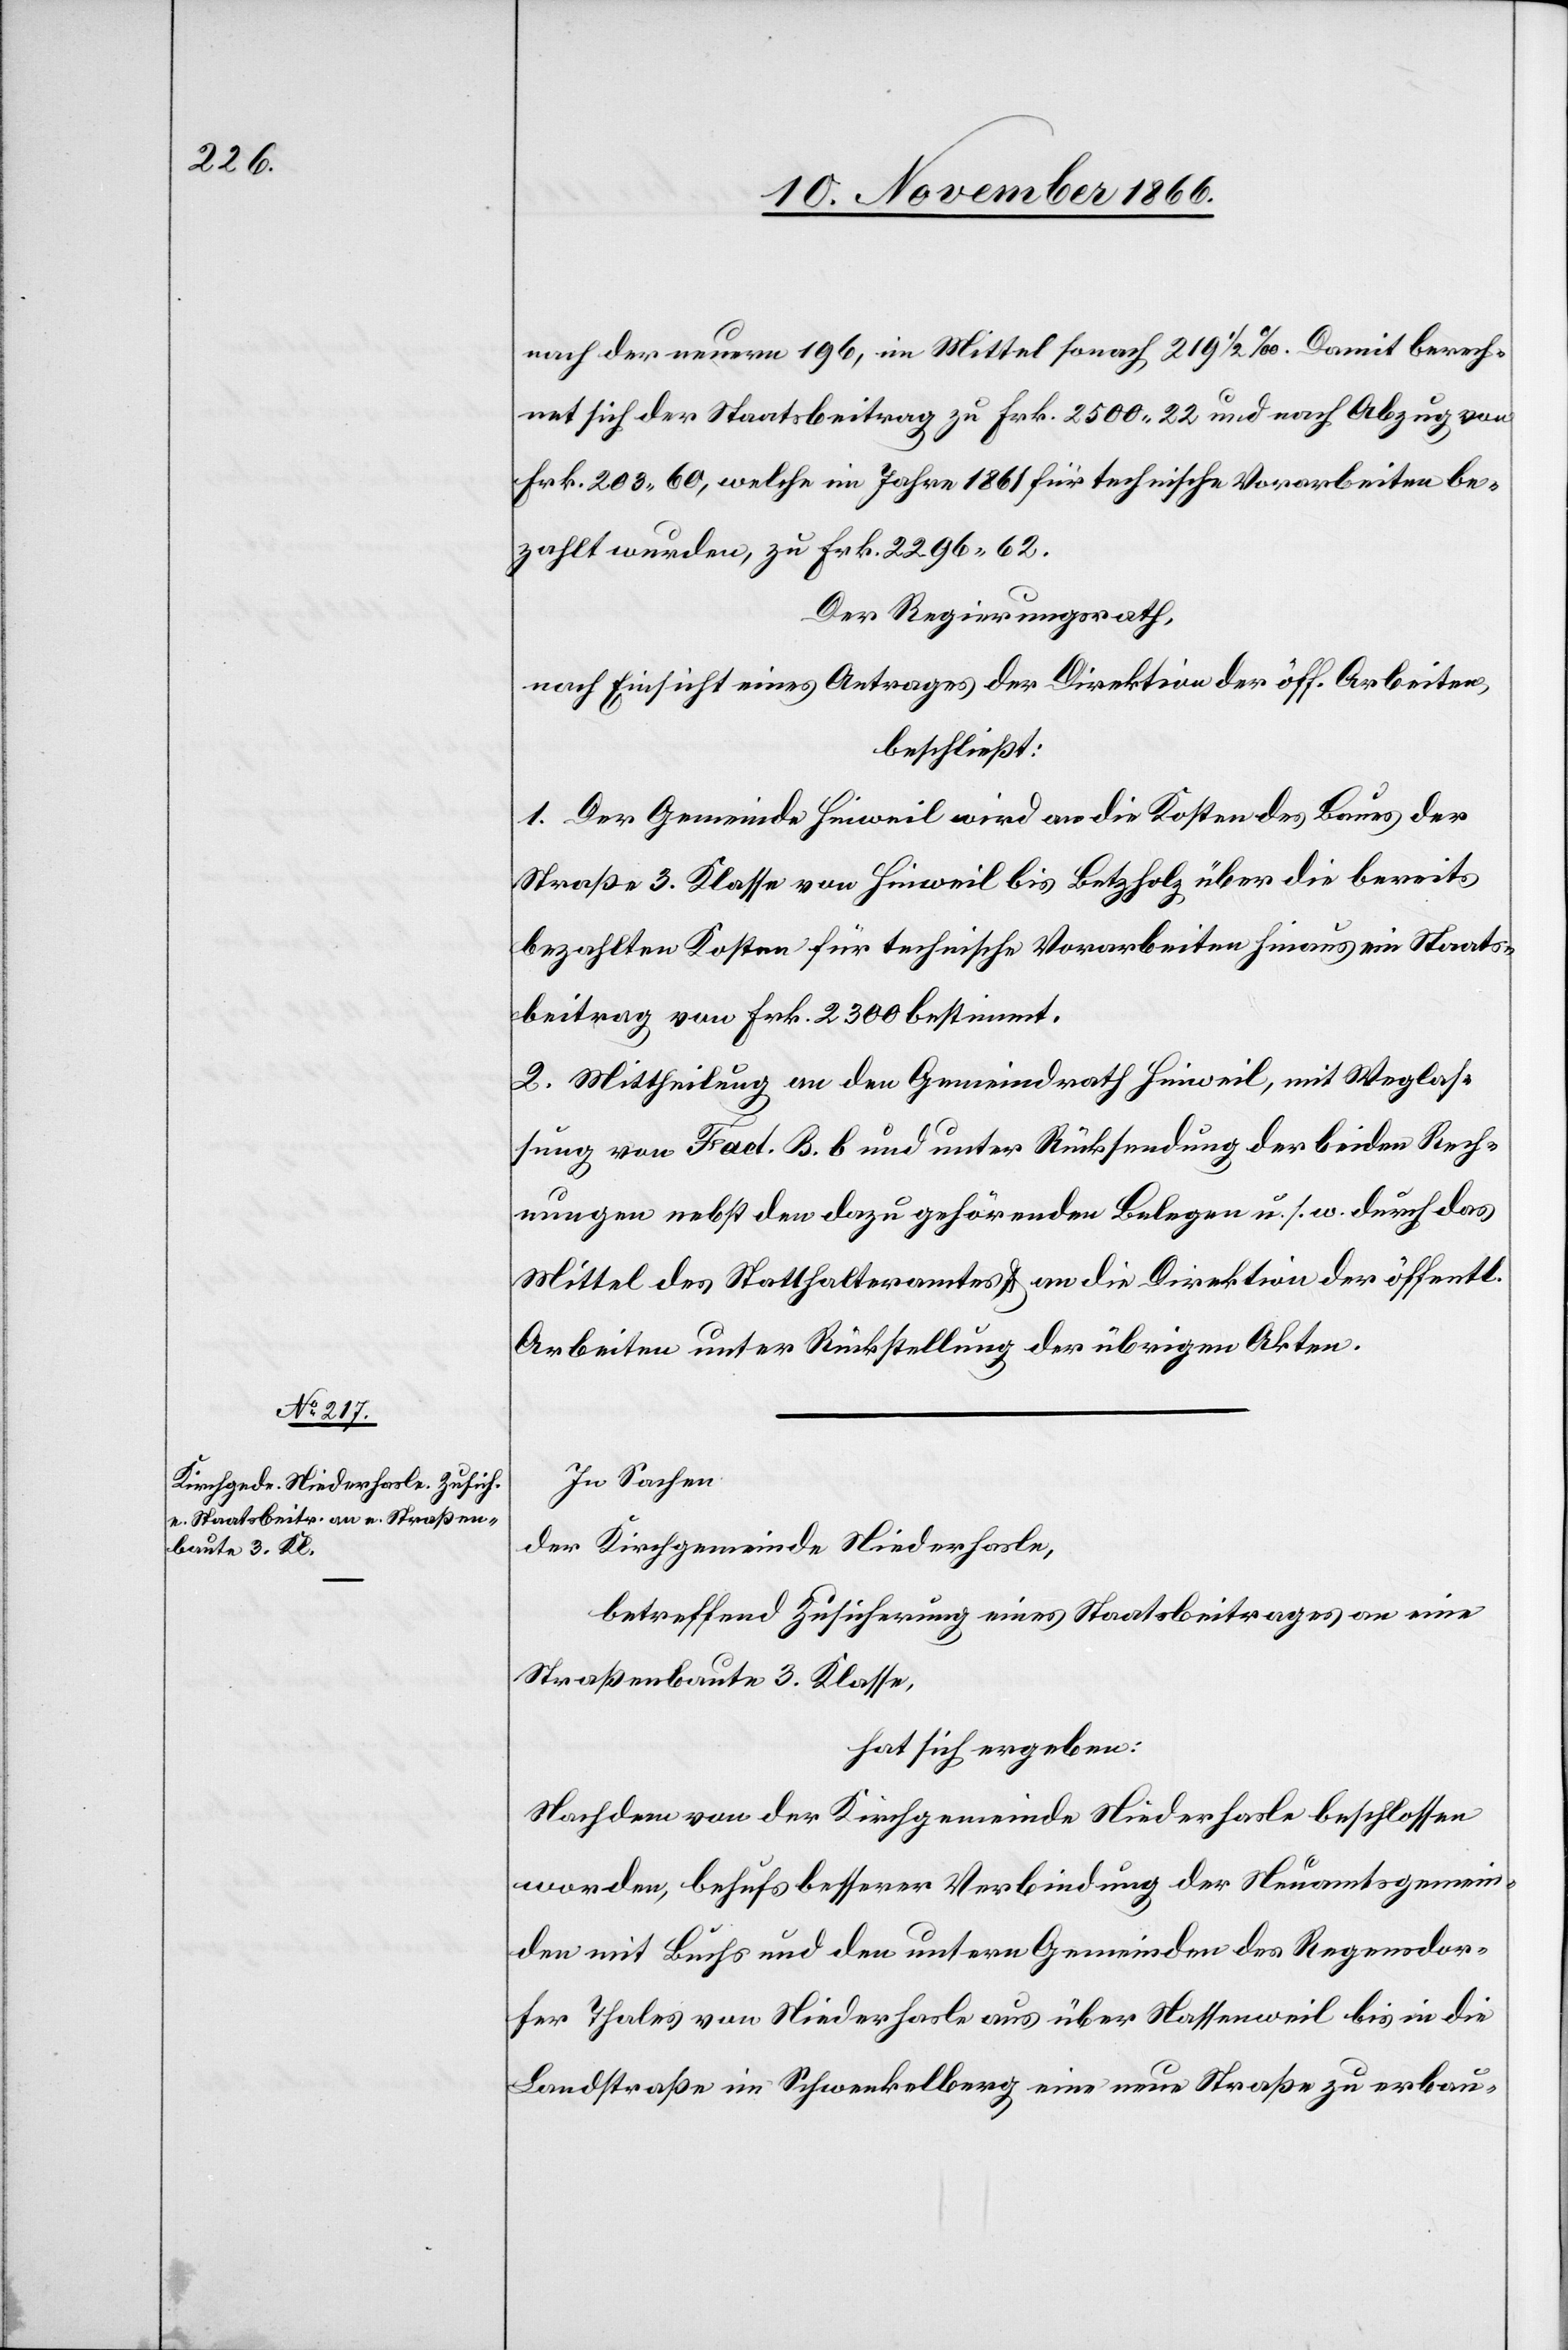
nach der neuern 196, im Mittel sonach 219 ½ ‰. Damit berech¬
net sich der Staatsbeitrag zu Frk. 2500.22 und nach Abzug von
Frk. 203.60, welche im Jahre 1861 für technische Vorarbeiten be¬
zahlt wurden, zu Frk. 2296.62.
Der Regierungsrath,
nach Einsicht eines Antrages der Direktion der öff. Arbeiten,
beschließt:
1. Der Gemeinde Hinweil wird an die Kosten des Baues der
Straße 3. Klasse von Hinweil bis Betzholz über die bereits
bezahlten Kosten für technische Vorarbeiten hinaus ein Staats¬
beitrag von Frk. 2300 bestimmt.
2. Mittheilung an den Gemeindrath Hinweil, mit Weglas¬
sung von Fact. B. b. und unter Rücksendung der beiden Rech¬
nungen nebst den dazu gehörenden Belegen u. s. w. durch das
Mittel des Statthalteramtes & an die Direktion der öffentl.
Arbeiten unter Rückstellung der übrigen Akten.
In Sachen
der Kirchgemeinde Niederhasle,
betreffend Zusicherung eines Staatsbeitrages an eine
Straßenbaute 3. Klasse,
hat sich ergeben:
Nachdem von der Kirchgemeinde Niederhasle beschlossen
worden, behufs besserer Verbindung der Neuamtsgemein¬
den mit Buchs und den untern Gemeinden des Regensdor¬
fer Thales von Niederhasle aus über Nassenweil bis in die
Landstraße im Schwenkelberg eine neue Straße zu erbau-